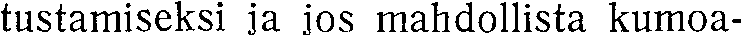
tustamiseksi ja jos mahdollista kumoa-